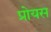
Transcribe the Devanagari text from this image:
प्रोयस